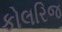
કોલરિજ